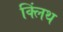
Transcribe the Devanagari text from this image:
क्लिंथ